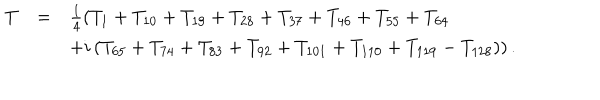
LaTeX: \begin{array} { l c l } { { T _ { \scriptscriptstyle } } } & { { = } } & { { \frac { 1 } { 4 } \left( T _ { 1 } + T _ { 1 0 } + T _ { 1 9 } + T _ { 2 8 } + T _ { 3 7 } + T _ { 4 6 } + T _ { 5 5 } + T _ { 6 4 } \right. } } \\ { { } } & { { } } & { { \left. + i \left( T _ { 6 5 } + T _ { 7 4 } + T _ { 8 3 } + T _ { 9 2 } + T _ { 1 0 1 } + T _ { 1 1 0 } + T _ { 1 1 9 } - T _ { 1 2 8 } \right) \right) . } } \\ \end{array}